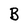
Character: B